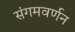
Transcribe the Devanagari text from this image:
संगमवर्णन